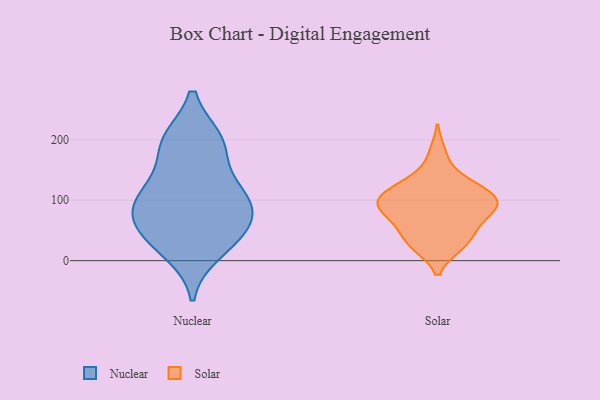
{"axis": {"x": "Backlog", "y": "Value"}, "legend": ["Nuclear", "Solar"], "data": [{"x": "", "y": 192, "type": "Nuclear"}, {"x": "", "y": 39, "type": "Nuclear"}, {"x": "", "y": 89, "type": "Nuclear"}, {"x": "", "y": 197, "type": "Nuclear"}, {"x": "", "y": 101, "type": "Nuclear"}, {"x": "", "y": 111, "type": "Nuclear"}, {"x": "", "y": 16, "type": "Nuclear"}, {"x": "", "y": 62, "type": "Nuclear"}, {"x": "", "y": 126, "type": "Nuclear"}, {"x": "", "y": 41, "type": "Nuclear"}, {"x": "", "y": 80, "type": "Nuclear"}, {"x": "", "y": 198, "type": "Nuclear"}, {"x": "", "y": 107, "type": "Solar"}, {"x": "", "y": 133, "type": "Solar"}, {"x": "", "y": 122, "type": "Solar"}, {"x": "", "y": 56, "type": "Solar"}, {"x": "", "y": 89, "type": "Solar"}, {"x": "", "y": 25, "type": "Solar"}, {"x": "", "y": 177, "type": "Solar"}, {"x": "", "y": 93, "type": "Solar"}, {"x": "", "y": 97, "type": "Solar"}, {"x": "", "y": 126, "type": "Solar"}, {"x": "", "y": 93, "type": "Solar"}, {"x": "", "y": 88, "type": "Solar"}, {"x": "", "y": 99, "type": "Solar"}, {"x": "", "y": 62, "type": "Solar"}, {"x": "", "y": 27, "type": "Solar"}, {"x": "", "y": 57, "type": "Solar"}, {"x": "", "y": 26, "type": "Solar"}]}